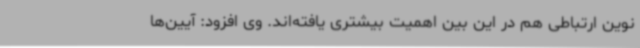
نوین ارتباطی هم در این بین اهمیت بیشتری یافته‌اند. وی افزود: آیین‌ها